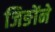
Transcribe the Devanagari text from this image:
जिङोंने